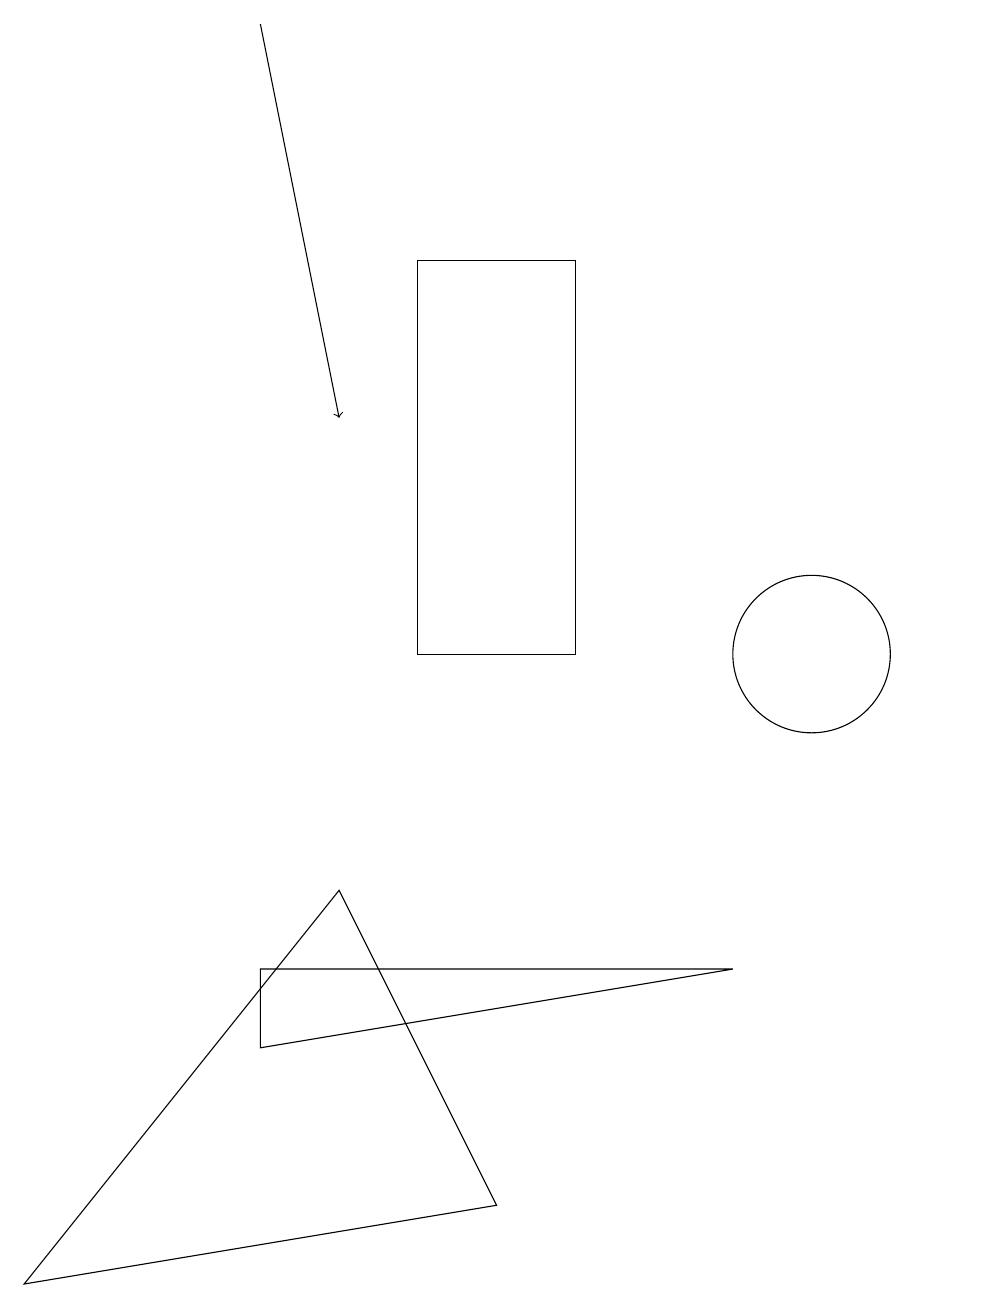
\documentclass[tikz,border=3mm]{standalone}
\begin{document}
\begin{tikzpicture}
\draw (12,10) circle (0);
\draw (9,7) -- (3,6) -- (3,7) -- cycle;
\draw (5,16) rectangle (7,11);
\draw (10,11) circle (1);
\draw[->] (3,19) -- (4,14);
\draw (0,3) -- (6,4) -- (4,8) -- cycle;
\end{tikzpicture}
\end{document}